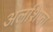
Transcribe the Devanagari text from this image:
अलशिफा